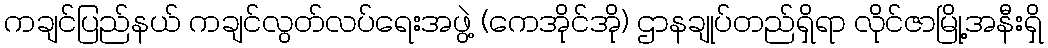
ကချင်ပြည်နယ် ကချင်လွတ်လပ်ရေးအဖွဲ့ (ကေအိုင်အို) ဌာနချုပ်တည်ရှိရာ လိုင်ဇာမြို့အနီးရှိ